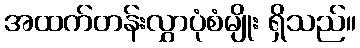
အထက်တန်းလွှာပုံစံမျိုး ရှိသည်။